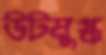
উটমুগ্ধ